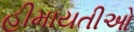
હીમાયતીઓ